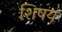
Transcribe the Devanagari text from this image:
शिषय